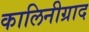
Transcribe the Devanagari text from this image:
कालिनीग्राद